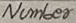
Text: Number